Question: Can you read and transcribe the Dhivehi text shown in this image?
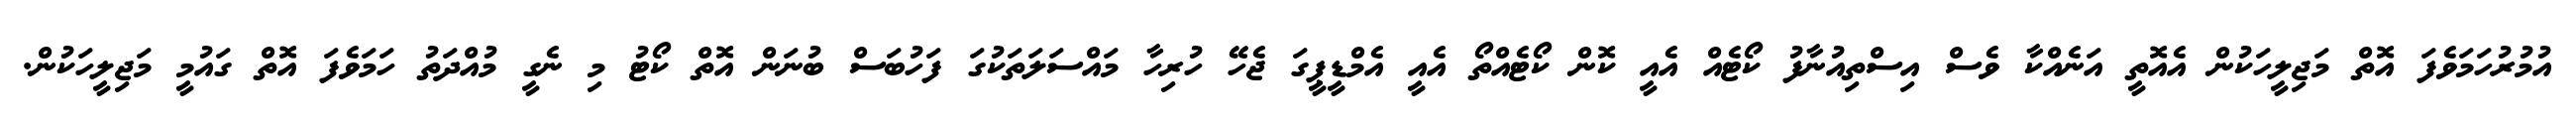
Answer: އުމުރުހަމަވެފަ އޮތް މަޖިލީހަކުން އެއޮތީ އަނެއްކާ ވެސް އިސްތިއުނާފު ކޯޓެއް އެއީ ކޮން ކޯޓެއްތޯ އެއީ އެމްޑީޕީގަ ޖެހޭ ހުރިހާ މައްސަލަތަކުގަ ފަހުބަސް ބުނަން އޮތް ކޯޓު މި ނެގީ މުއްދަތު ހަމަވެފަ އޮތް ގައުމީ މަޖިލީހަކުން.